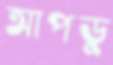
আপডু